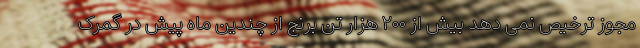
مجوز ترخیص نمی دهد بیش از ۲۰۰ هزار تن برنج از چندین ماه پیش در گمرک